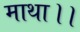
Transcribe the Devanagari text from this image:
माथा।।